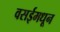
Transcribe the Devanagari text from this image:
वसईमधून